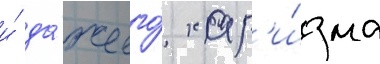
и́ да́же его́ хар'и́зма